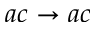
a c \rightarrow a c